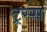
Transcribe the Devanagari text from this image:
ट्रस्स